Insane asylums in Bengal annual reports 1867-1875 - 1867-1875
Year: 1867
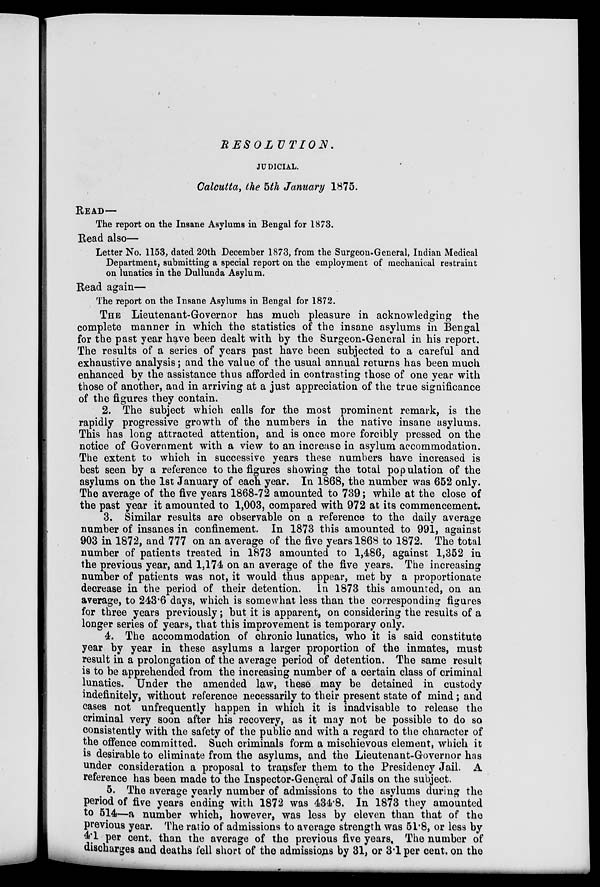
RESOLUTION.
JUDICIAL.
Calcutta, the 5th January 1875.
READ—
The report on the Insane Asylums in Bengal for 1873.
Read also—
Letter No. 1153, dated 20th December 1873, from the Surgeon-General, Indian Medical
Department, submitting a special report on the employment of mechanical restraint
on lunatics in the Dullunda Asylum.
Read again—
The report on the Insane Asylums in Bengal for 1872.
THE Lieutenant-Governor has much pleasure in acknowledging the
complete manner in which the statistics of the insane asylums in Bengal
for the past year have been dealt with by the Surgeon-General in his report.
The results of a series of years past have been subjected to a careful and
exhaustive analysis; and the value of the usual annual returns has been much
enhanced by the assistance thus afforded in contrasting those of one year with
those of another, and in arriving at a just appreciation of the true significance
of the figures they contain.
2. The subject which calls for the most prominent remark, is the
rapidly progressive growth of the numbers in the native insane asylums.
This has long attracted attention, and is once more forcibly pressed on the
notice of Government with a view to an increase in asylum accommodation.
The extent to which in successive years these numbers have increased is
best seen by a reference to the figures showing the total population of the
asylums on the 1st January of each year. In 1868, the number was 652 only.
The average of the five years 1868-72 amounted to 739; while at the close of
the past year it amounted to 1,003, compared with 972 at its commencement.
3. Similar results are observable on a reference to the daily average
number of insanes in confinement. In 1873 this amounted to 991, against
903 in 1872, and 777 on an average of the five years 1868 to 1872. The total
number of patients treated in 1873 amounted to 1,486, against 1,352 in
the previous year, and 1,174 on an average of the five years. The increasing
number of patients was not, it would thus appear, met by a proportionate
decrease in the period of their detention. In 1873 this amounted, on an
average, to 243.6 days, which is somewhat less than the corresponding figures
for three years previously; but it is apparent, on considering the results of a
longer series of years, that this improvement is temporary only.
4. The accommodation of chronic lunatics, who it is said constitute
year by year in these asylums a larger proportion of the inmates, must
result in a prolongation of the average period of detention. The same result
is to be apprehended from the increasing number of a certain class of criminal
lunatics. Under the amended law, these may be detained in custody
indefinitely, without reference necessarily to their present state of mind; and
cases not unfrequently happen in which it is inadvisable to release the
criminal very soon after his recovery, as it may not be possible to do so
consistently with the safety of the public and with a regard to the character of
the offence committed. Such criminals form a mischievous element, which it
is desirable to eliminate from the asylums, and the Lieutenant-Governor has
under consideration a proposal to transfer them to the Presidency Jail. A
reference has been made to the Inspector-General of Jails on the subject.
5. The average yearly number of admissions to the asylums during the
period of five years ending with 1872 was 434.8. In 1873 they amounted
to 514—a number which, however, was less by eleven than that of the
previous year. The ratio of admissions to average strength was 51.8, or less by
4.1 per cent. than the average of the previous five years. The number of
discharges and deaths fell short of the admissions by 31, or 3.1 per cent. on the